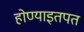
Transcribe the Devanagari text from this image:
होण्याइतपत